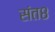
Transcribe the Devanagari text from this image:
संत८